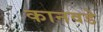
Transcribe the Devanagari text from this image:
कानवडे